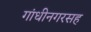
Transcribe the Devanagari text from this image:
गांधीनगरसह